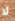
لا